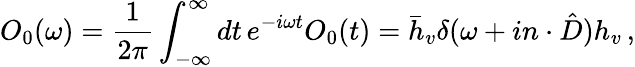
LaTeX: O_{0}(\omega)={\frac{1}{2\pi}}\int_{-\infty}^{\infty}dt\, e^{-i\omega t}O_{0}(t)=\bar{h}_{v}\delta(\omega+in\cdot\hat{D})h_{v}\, ,